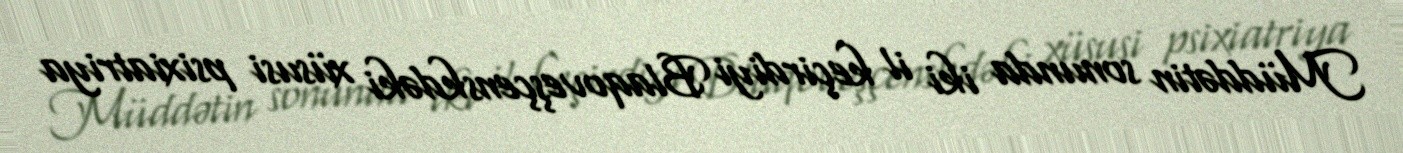
Müddətin sonunda iki il keçirdiyi Blaqoveşçenskdəki xüsusi psixiatriya